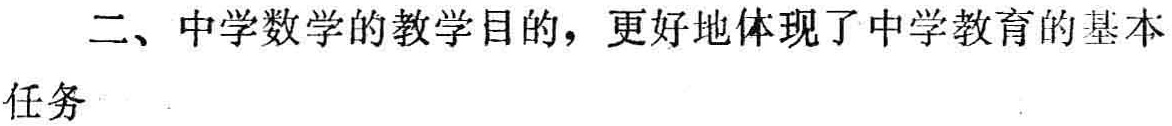
二、中学数学的教学目的，更好地体现了中学教育的基本任务